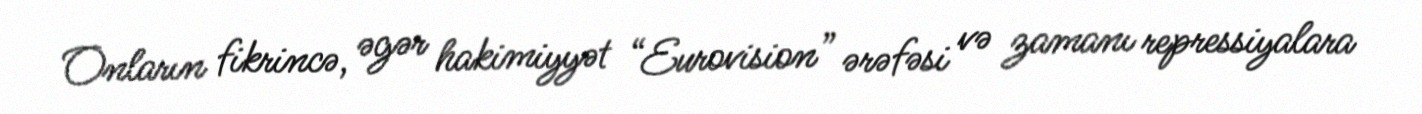
Onların fikrincə, əgər hakimiyyət “Eurovision” ərəfəsi və zamanı repressiyalara